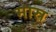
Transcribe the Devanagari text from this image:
मास्र